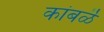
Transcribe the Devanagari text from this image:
कांबळॆ